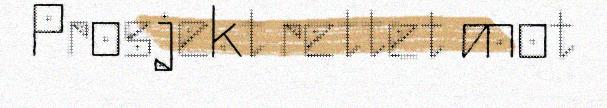
Prosjekt rettet mot